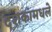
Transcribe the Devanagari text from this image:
दशकांमधले